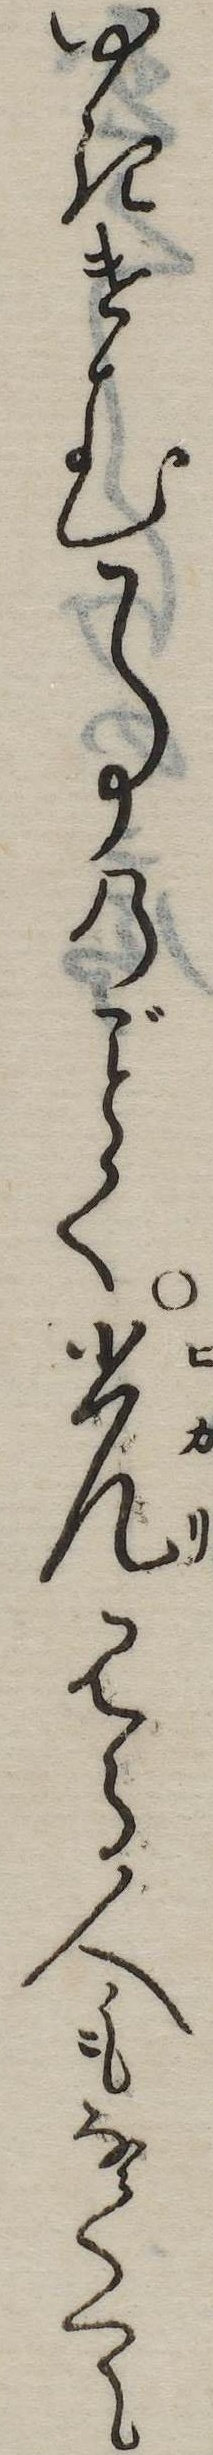
ゆきけむ事のく光見る人もなくて